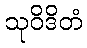
သုဝိဒိတံ